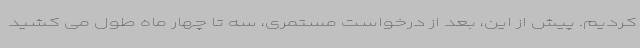
کردیم. پیش از این، بعد از درخواست مستمری، سه تا چهار ماه طول می کشید